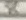
Text: 8